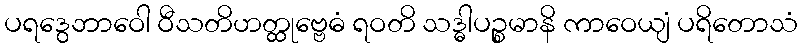
ပရဒွေဘာဝေါ ဝီသတိဟတ္ထုဗ္ဗေဓံ ရဝတိ သဒ္ဓါပဉ္စမာနိ ကာဝေယျံ ပရိတောသံ